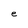
Character: e